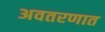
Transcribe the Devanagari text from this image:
अवतरणात